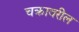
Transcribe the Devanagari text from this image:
चक्रावरील